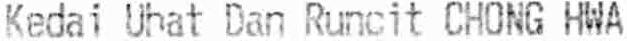
KEDAI UHAT DAN RUNCIT CHONG HWA